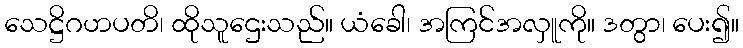
သေဋ္ဌိဂဟပတိ၊ ထိုသူဌေးသည်။ ယံခေါ၊ အကြင်အလှူကို။ ဒတွာ၊ ပေး၍။